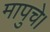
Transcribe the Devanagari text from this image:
मापुचे।